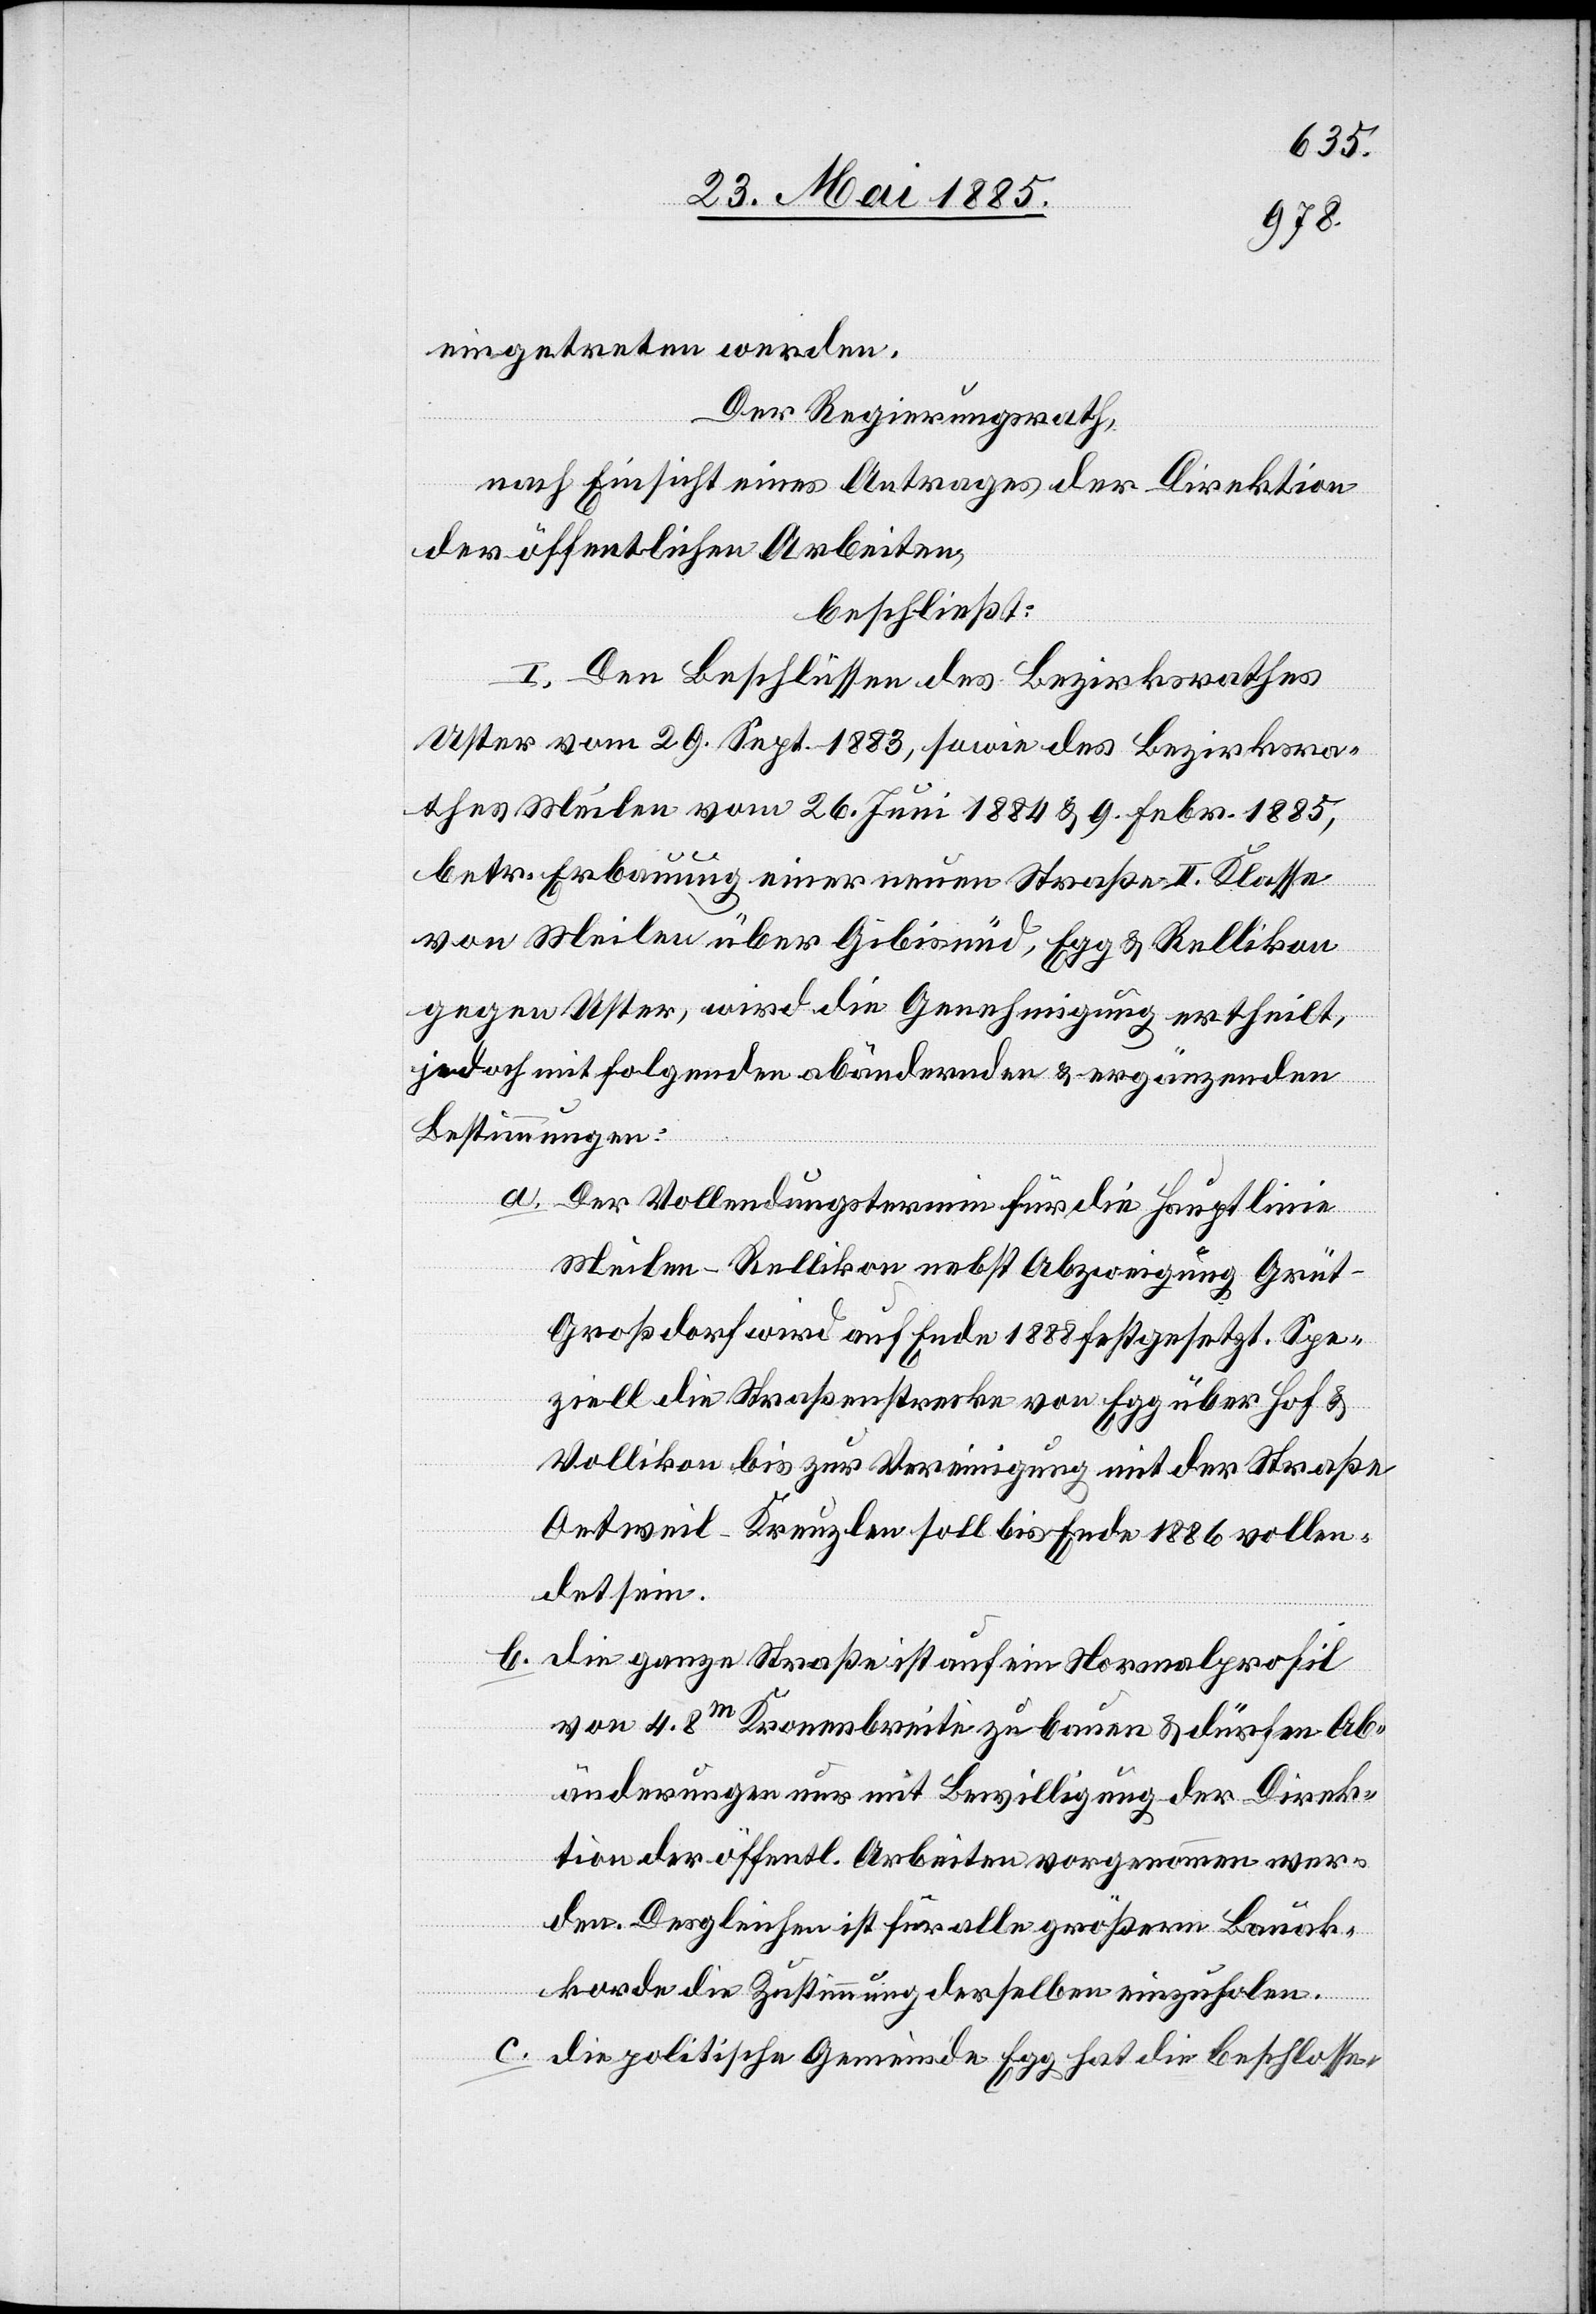
eingetreten werden.
Der Regierungsrath,
nach Einsicht eines Antrages der Direktion
der öffentlichen Arbeiten,
beschließt:
I. Den Beschlüssen des Bezirksrathes
Uster vom 29. Sept. 1883, sowie des Bezirksra¬
thes Meilen vom 26. Juni 1884 & 9. Febr. 1885,
betr. Erbauung einer neuen Straße II. Klasse
von Meilen über Gibisnüd, Egg & Rellikon
gegen Uster, wird die Genehmigung ertheilt,
jedoch mit folgenden abändernden & ergänzenden
Bestimmungen:
a.
Der Vollendungstermin für die Hauptlinie
Meilen–Rellikon nebst Abzweigung Grü¬
t–Großdorf wird auf Ende 1888 festgesetzt. Spe¬
ziell die Straßenstrecke von Egg über Hof &
Vollikon bis zur Vereinigung mit der Straße
Oetweil–Kreuzlen soll bis Ende 1886 vollen¬
det sein.
b. Die ganze Straße ist auf ein Normalprofil
von 4.8 m Kronenbreite zu bauen & dürfen Ab¬
änderungen nur mit Bewilligung der Direk¬
tion der öffentl. Arbeiten vorgenommen wer¬
den. Desgleichen ist für alle größern Bauak¬
korde die Zustimmung derselben einzuholen.
c. Die politische Gemeinde Egg hat die beschlosse-